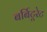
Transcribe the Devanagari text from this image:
बर्बिटूरेट